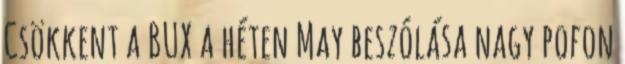
Csökkent a BUX a héten May beszólása nagy pofon